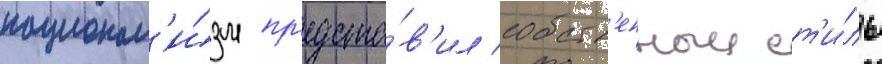
национал'и́зм пр'едста́в'ил собств'енныи ст'и́ль